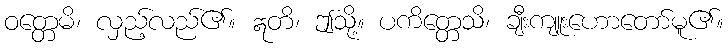
ဝတ္တေမိ၊ လှည့်လည်၏။ ဣတိ၊ ဤသို့။ ပကိတ္တေသိ၊ ချီးကျူးဟောတော်မူ၏။